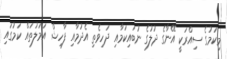
މިކަމުގެ ސިއްރަކީ އޭނާގެ ދުލުގެ ނުބައިކަމާއި ދަހިވެތި އެދުމާއި ފާހިޝް އަމަލުތައް ކަމުގައި